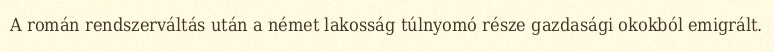
A román rendszerváltás után a német lakosság túlnyomó része gazdasági okokból emigrált.